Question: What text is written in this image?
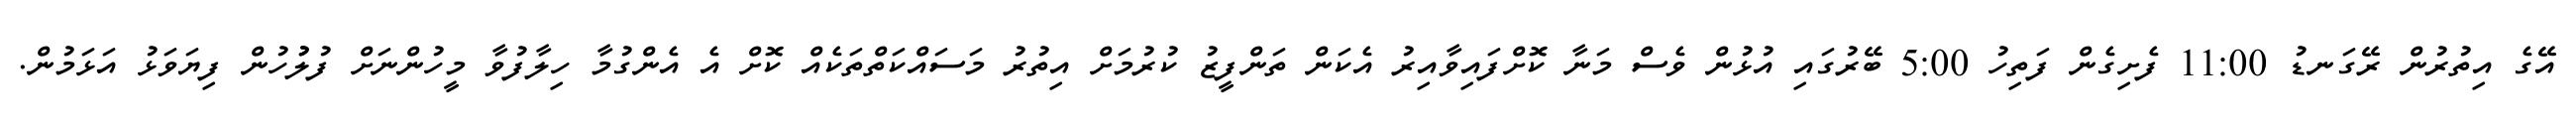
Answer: އޭގެ އިތުރުން ރޭގަނޑު 11:00 ފެށިގެން ފަތިހު 5:00 ބޭރުގައި އުޅުން ވެސް މަނާ ކޮށްފައިވާއިރު އެކަން ތަންފީޒު ކުރުމަށް އިތުރު މަސައްކަތްތަކެއް ކޮށް އެ އެންގުމާ ހިލާފުވާ މީހުންނަށް ފުލުުހުން ފިޔަވަޅު އަޅަމުން.